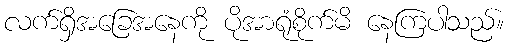
လက်ရှိအခြေအနေကို ပိုအာရုံစိုက်မိ နေကြပါသည်။